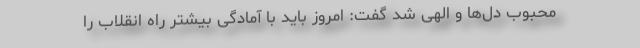
محبوب دل‌ها و الهی شد گفت: امروز باید با آمادگی بیشتر راه انقلاب را